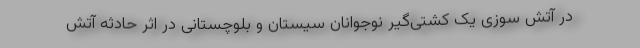
در آتش سوزی یک کشتی‌گیر نوجوانان سیستان و بلوچستانی در اثر حادثه آتش